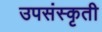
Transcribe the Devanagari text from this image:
उपसंस्कृती